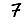
Digit: 7